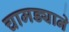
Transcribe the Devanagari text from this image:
चामड्याने